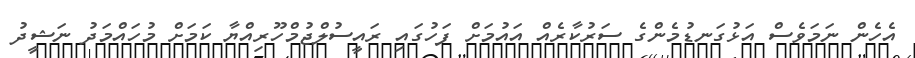
އެހެން ނަމަވެސް އަޅުގަނޑުމެންގެ ސަރުކާރެއް އައުމަށް ފަހުގައި ރައީސުލްޖުމްހޫރިއްޔާ ކަމަށް މުހައްމަދު ނަޝީދު